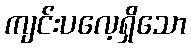
ကျင်းပလေ့ရှိသော